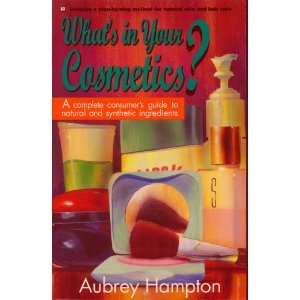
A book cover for What's in Your Cosmetics?: A Complete Consumer's Guide to Natural and Synthetic Ingredients; Aubrey Hampton; Health, Fitness & Dieting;